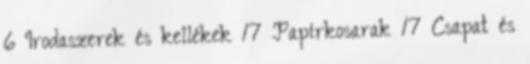
6 Irodaszerek és kellékek 17 Papírkosarak 17 Csapat és